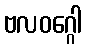
ဗလဝဂ္ဂေါ